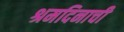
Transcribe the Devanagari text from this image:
श्रमदिनाची